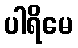
ပါရိမေ